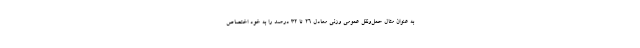
به عنوان مثال حمل‌ونقل عمومی وزنی معادل ۲۶ تا ۳۲ درصد را به خود اختصاص